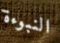
النبوءة